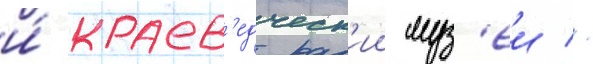
и́ краев'едческ'ии муз'еи //